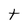
Character: t